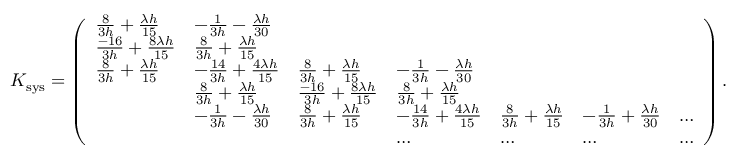
\begin{array} { r } { K _ { \mathrm { s y s } } = \left( \begin{array} { l l l l l l l } { \frac { 8 } { 3 h } + \frac { \lambda h } { 1 5 } } & { - \frac { 1 } { 3 h } - \frac { \lambda h } { 3 0 } } & & & & & \\ { \frac { - 1 6 } { 3 h } + \frac { 8 \lambda h } { 1 5 } } & { \frac { 8 } { 3 h } + \frac { \lambda h } { 1 5 } } & & & & & \\ { \frac { 8 } { 3 h } + \frac { \lambda h } { 1 5 } } & { - \frac { 1 4 } { 3 h } + \frac { 4 \lambda h } { 1 5 } } & { \frac { 8 } { 3 h } + \frac { \lambda h } { 1 5 } } & { - \frac { 1 } { 3 h } - \frac { \lambda h } { 3 0 } } & & & \\ & { \frac { 8 } { 3 h } + \frac { \lambda h } { 1 5 } } & { \frac { - 1 6 } { 3 h } + \frac { 8 \lambda h } { 1 5 } } & { \frac { 8 } { 3 h } + \frac { \lambda h } { 1 5 } } & & & \\ & { - \frac { 1 } { 3 h } - \frac { \lambda h } { 3 0 } } & { \frac { 8 } { 3 h } + \frac { \lambda h } { 1 5 } } & { - \frac { 1 4 } { 3 h } + \frac { 4 \lambda h } { 1 5 } } & { \frac { 8 } { 3 h } + \frac { \lambda h } { 1 5 } } & { - \frac { 1 } { 3 h } + \frac { \lambda h } { 3 0 } } & { \dots } \\ & & & { \dots } & { \dots } & { \dots } & { \dots } \end{array} \right) . } \end{array}